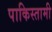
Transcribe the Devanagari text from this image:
पाकिस्तामी